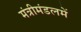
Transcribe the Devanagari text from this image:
मंत्रीमंडलमें